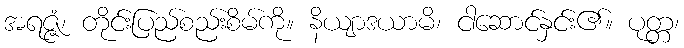
အရဇ္ဇံ၊ တိုင်းပြည်စည်းစိမ်ကို။ နိယျာဒယာမိ၊ ငါဆောင်နှင်း၏။ ပုတ္တ၊